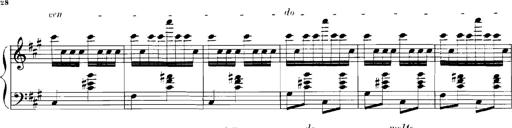
Title: Rhapsodies hongroises
Composer: Franz Liszt